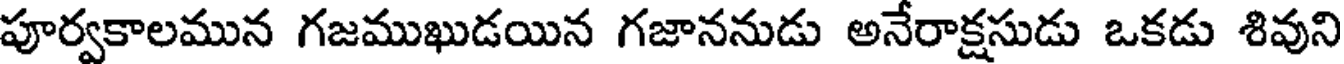
పూర్వకాలమున గజముఖుడయిన గజాననుడు అనేరాక్షసుడు ఒకడు శివుని